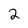
Character: 2